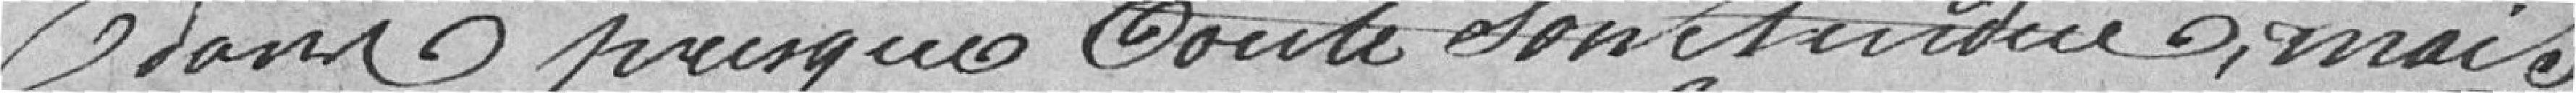
dans presque tout son étendue, mais